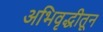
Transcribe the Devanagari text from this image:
अभिवृद्धीतून